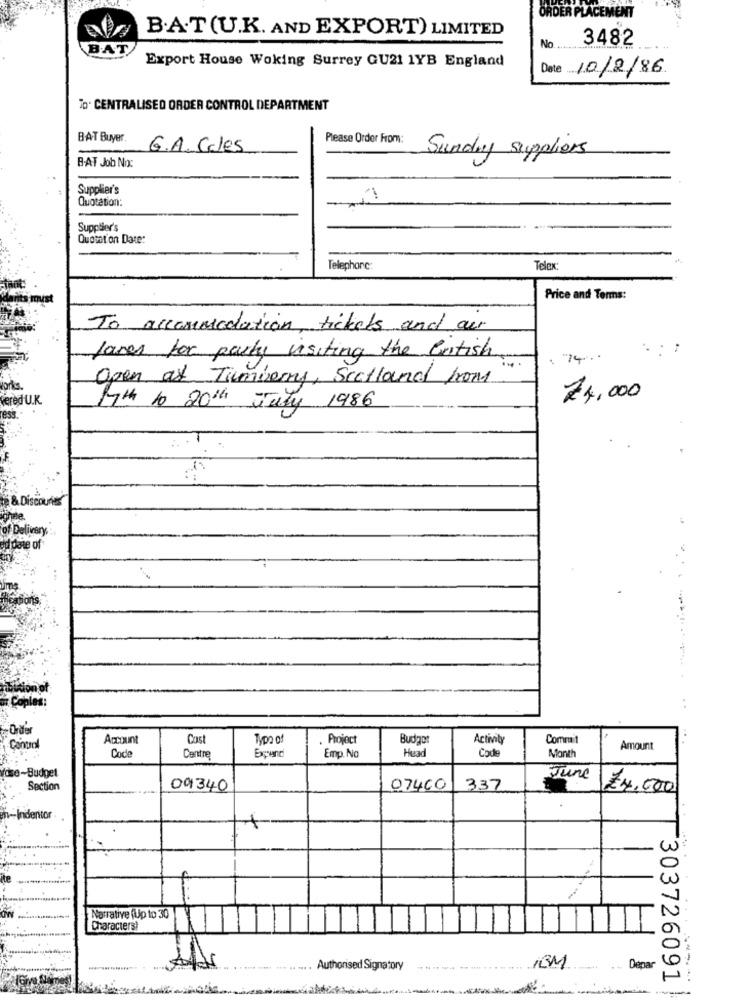
ORDER PLACEMENT
B.A.T(U.K. AND EXPORT) LIMITED
No
3482
BAT
Export House Woking Surrey GU21 1YB England
Date 10/2/86
To. CENTRALISED ORDER CONTROL DEPARTMENT
BAT Buyer.
Please Order From:
G.A. Cales
Sundry suppliers
BAT Job No:
Supplier's
Quotation:
Supplier's
Quotation Date:
Telephone:
Telex
Price and Terms:
To accommodation, tickets and our
James for party visiting the british
.: :
.74.
Open at Tuumberry, Scotland from
vered U.K.
24,000
Myth to 20th July
Ly 1986
ess
& Discounts
of Delivery .:
Idate of
sition of
Copies:
-Order
Account
Cost
Typo of
Project
Budget
Activity
Commit
Control
Centre
Head
Cod
Amount
Code
Expend
Emp. No
Month
tdse-Budget
June
Section
09340
07400
337
£4.000
Narrative (Up to 30
Characters!
...
Authorised Signatory
IBM
Depar
303726091